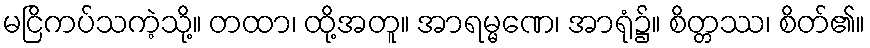
မငြိကပ်သကဲ့သို့။ တထာ၊ ထို့အတူ။ အာရမ္မဏေ၊ အာရုံ၌။ စိတ္တဿ၊ စိတ်၏။